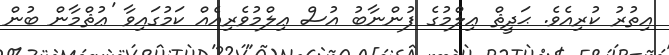
އިތުރު ކުރިއެވެ. ޙަދީޘް ޢިލްމުގެ ފުންނާބު އުސް ޢިލްމުވެރިއެއް ކަމުގައިވާ 'ޢުޘްމާން ބުން